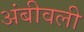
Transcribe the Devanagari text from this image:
अंबीवली